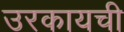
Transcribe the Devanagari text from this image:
उरकायची